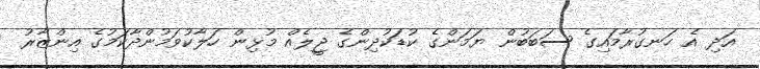
އަދި އެ ހަނގުރާމައިގެ ސަބަބުން ޔަމަންގެ ކުޑަކުދިންގެ ޖީލެއް މުޅިން ހަލާކުވަމުންދާކަމުގެ އިންޒާރު